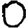
Digit: 0